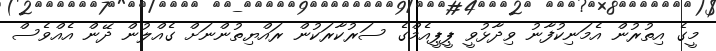
މީގެ އިތުރުން އެމަނިކުފާނު ވިދާޅުވީ ޕީޕީއެމްގެ ސަރުކާރަކުން ރައްޔިތުންނަށް ގެއްލުން ދޭން އެއްވެސް